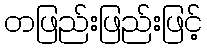
တဖြည်းဖြည်းဖြင့်